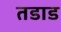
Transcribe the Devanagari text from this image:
तडाड